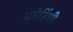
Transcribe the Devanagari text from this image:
मन्नेरिंगी